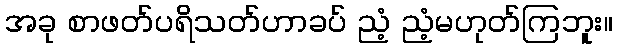
အခု စာဖတ်ပရိသတ်ဟာခပ် ညံ့ ညံ့မဟုတ်ကြဘူး။